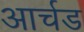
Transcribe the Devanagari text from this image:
आर्चड